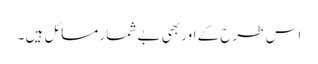
اس طرح کے اور بھی بے شمار مسائل ہیں ۔